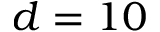
d = 1 0